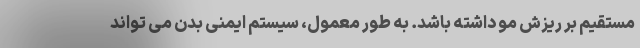
مستقیم بر ریزش مو داشته باشد. به طور معمول، سیستم ایمنی بدن می تواند